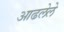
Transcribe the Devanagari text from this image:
आढलेले